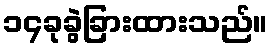
၁၄ခုခွဲခြားထားသည်။